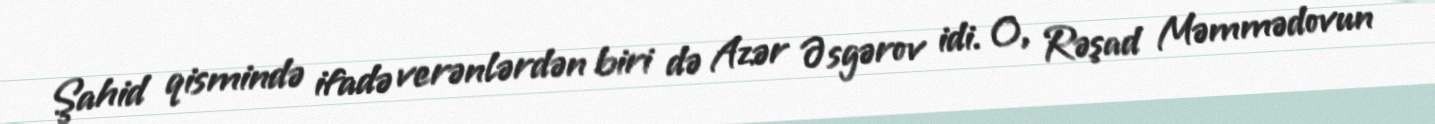
Şahid qismində ifadə verənlərdən biri də Azər Əsgərov idi. O, Rəşad Məmmədovun